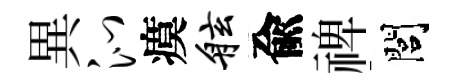
異沁瘼舷兪禆閭